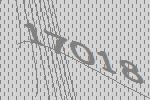
17018